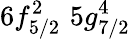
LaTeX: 6f_{5/2}^{2}\, \, 5g_{7/2}^{4}\, \,